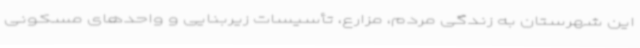
این شهرستان به زندگی مردم، مزارع، تأسیسات زیربنایی و واحدهای مسکونی